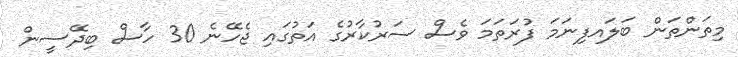
މިތަންތަން ބަލައފިނަމަ ފުރަތަމަ ވެސް ސަރުކާރުގެ އަތުގައި ޖެހޭނެ 30 ހާސް ބިދޭސީން